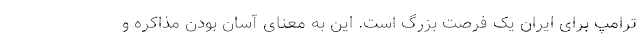
ترامپ برای ایران یک فرصت بزرگ است. این به معنای آسان بودن مذاکره و